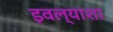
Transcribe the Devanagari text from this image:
इवल्याशा